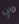
إن